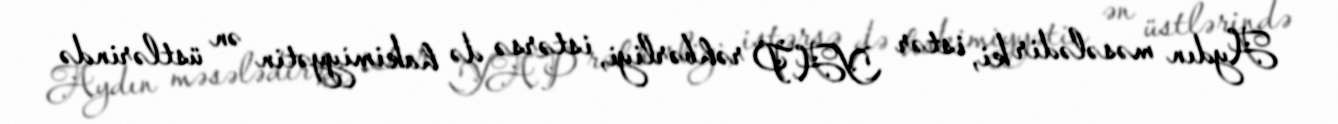
Aydın məsələdir ki, istər YAP rəhbərliyi, istərsə də hakimiyyətin ən üstlərində